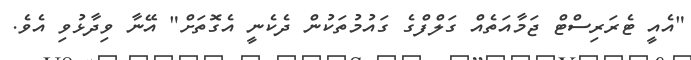
"އެއީ ޓެރަރިސްޓް ޖަމާއަތެއް ގަލްފްގެ ގައުމުތަކުން ދެކެނީ އެގޮތަށް" އޭނާ ވިދާޅުވި އެވެ.